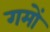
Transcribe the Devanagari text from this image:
गमों